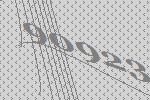
90923